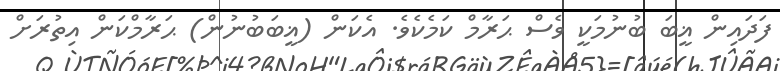
ފަދައިން ޣީބަ ބުނުމަކީ ވެސް ޙަރާމް ކަމެކެވެ. އެކަން (ޣީބަބުނުން) ޙަރާމްކަން އިތުރަށް